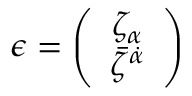
\epsilon = \left( \begin{array} { c } { { { \zeta } _ { \alpha } } } \\ { { { \bar { \zeta } } ^ { \dot { \alpha } } } } \end{array} \right)